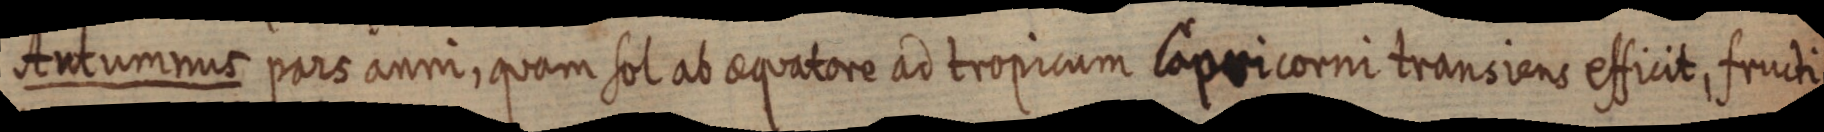
Antummus pars anni, quam sol ab aequatore ad tropicum Capricorni transiens efficit, fructi